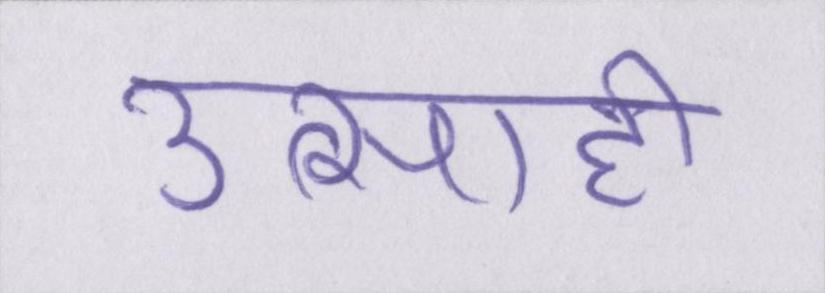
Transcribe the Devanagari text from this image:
उत्साही